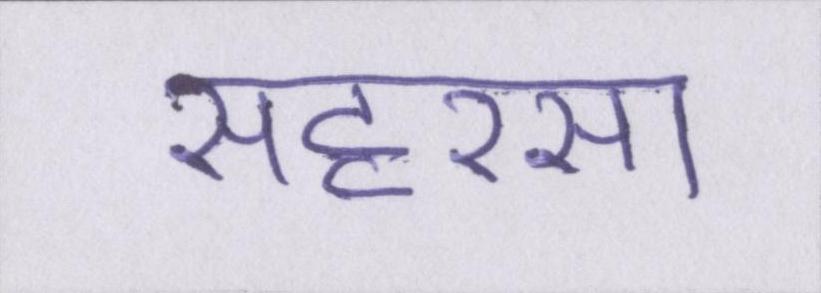
सहरसा